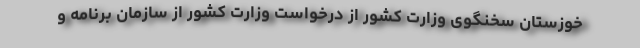
خوزستان سخنگوی وزارت کشور از درخواست وزارت کشور از سازمان برنامه و